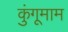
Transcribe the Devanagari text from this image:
कुंगूमाम